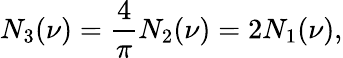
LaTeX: N_{3}(\nu)={\frac{4}{\pi}}N_{2}(\nu)=2N_{1}(\nu),